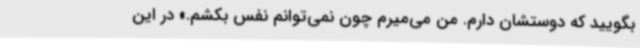
بگویید که دوستشان دارم. من می‌میرم چون نمی‌توانم نفس بکشم.» در این